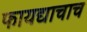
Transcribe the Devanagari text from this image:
फायद्याचाच